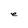
Character: e